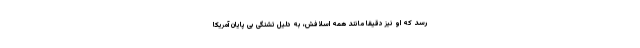
رسد که او نیز دقیقا مانند همه اسلافش، به دلیل تشنگی بی پایان آمریکا